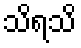
သိရသိ